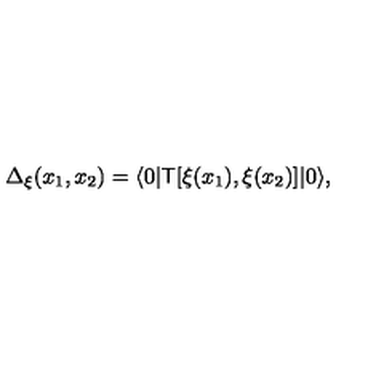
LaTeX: \Delta _ { \xi } ( x _ { 1 } , x _ { 2 } ) = \langle 0 | { \sf T } [ \xi ( x _ { 1 } ) , \xi ( x _ { 2 } ) ] | 0 \rangle ,